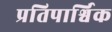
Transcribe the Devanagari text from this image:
प्रतिपार्श्विक